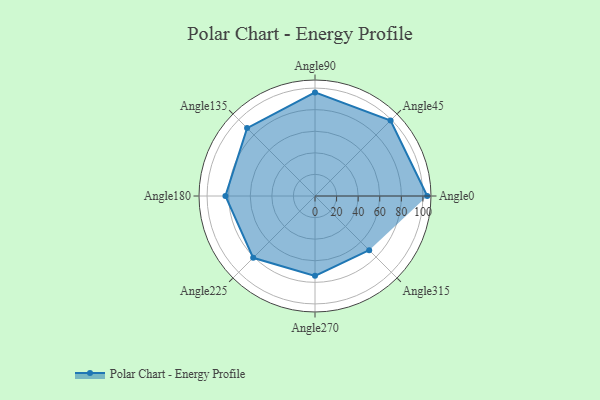
{"axis": {"x": "Angle", "y": "Radius"}, "legend": [""], "data": [{"x": "Angle0", "y": 104.0, "type": ""}, {"x": "Angle45", "y": 99.0, "type": ""}, {"x": "Angle90", "y": 96.0, "type": ""}, {"x": "Angle135", "y": 89.0, "type": ""}, {"x": "Angle180", "y": 83.0, "type": ""}, {"x": "Angle225", "y": 81.0, "type": ""}, {"x": "Angle270", "y": 74.0, "type": ""}, {"x": "Angle315", "y": 71.0, "type": ""}]}